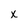
Character: x